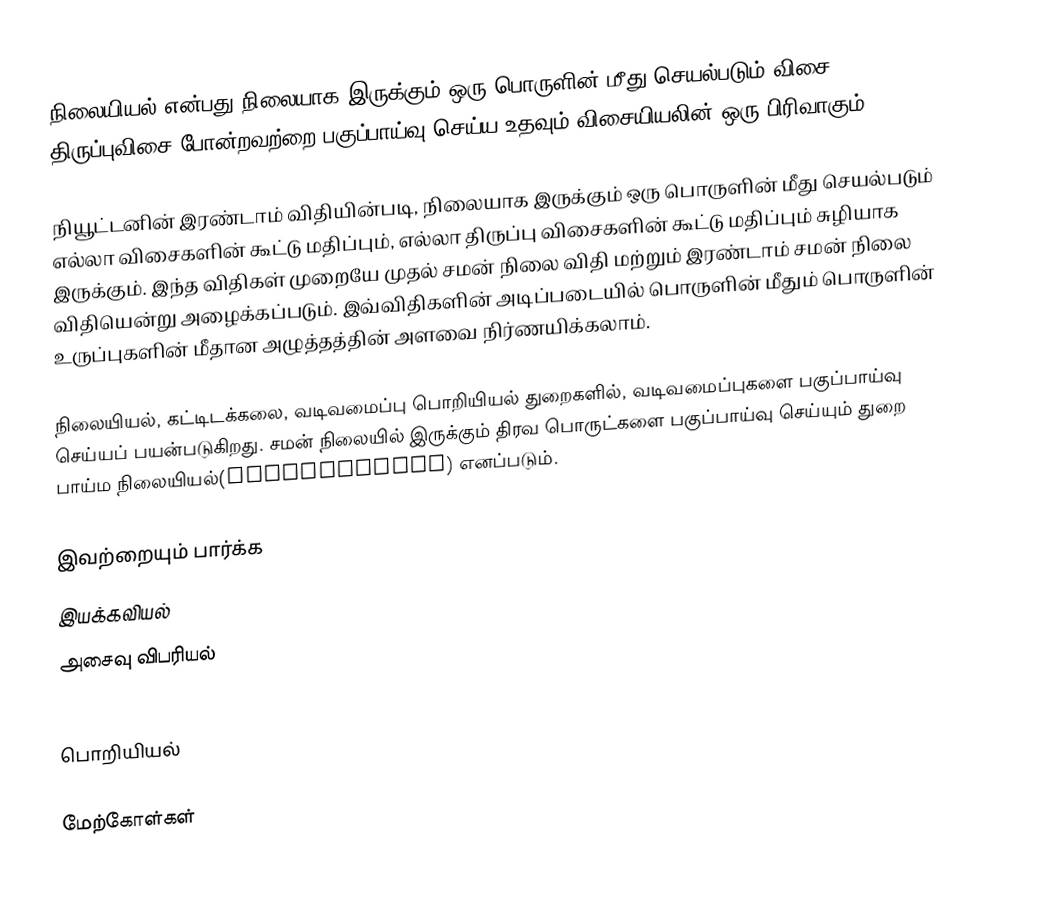
நிலையியல் என்பது நிலையாக இருக்கும் ஒரு பொருளின் மீது செயல்படும் விசை, திருப்புவிசை போன்றவற்றை பகுப்பாய்வு செய்ய உதவும் விசையியலின் ஒரு பிரிவாகும்.

நியூட்டனின் இரண்டாம் விதியின்படி, நிலையாக இருக்கும் ஒரு பொருளின் மீது செயல்படும் எல்லா விசைகளின் கூட்டு மதிப்பும், எல்லா திருப்பு விசைகளின் கூட்டு மதிப்பும் சுழியாக இருக்கும். இந்த விதிகள் முறையே முதல் சமன் நிலை விதி மற்றும் இரண்டாம் சமன் நிலை விதியென்று அழைக்கப்படும். இவ்விதிகளின் அடிப்படையில் பொருளின் மீதும் பொருளின் உருப்புகளின் மீதான அழுத்தத்தின் அளவை நிர்ணயிக்கலாம்.

நிலையியல்,  கட்டிடக்கலை, வடிவமைப்பு பொறியியல் துறைகளில், வடிவமைப்புகளை பகுப்பாய்வு செய்யப் பயன்படுகிறது. சமன் நிலையில் இருக்கும் திரவ பொருட்களை பகுப்பாய்வு செய்யும் துறை பாய்ம நிலையியல்(Hydrostatics) எனப்படும்.

இவற்றையும் பார்க்க
இயக்கவியல்
அசைவு விபரியல்

பொறியியல்

மேற்கோள்கள்